Leaving Certificate, 1888
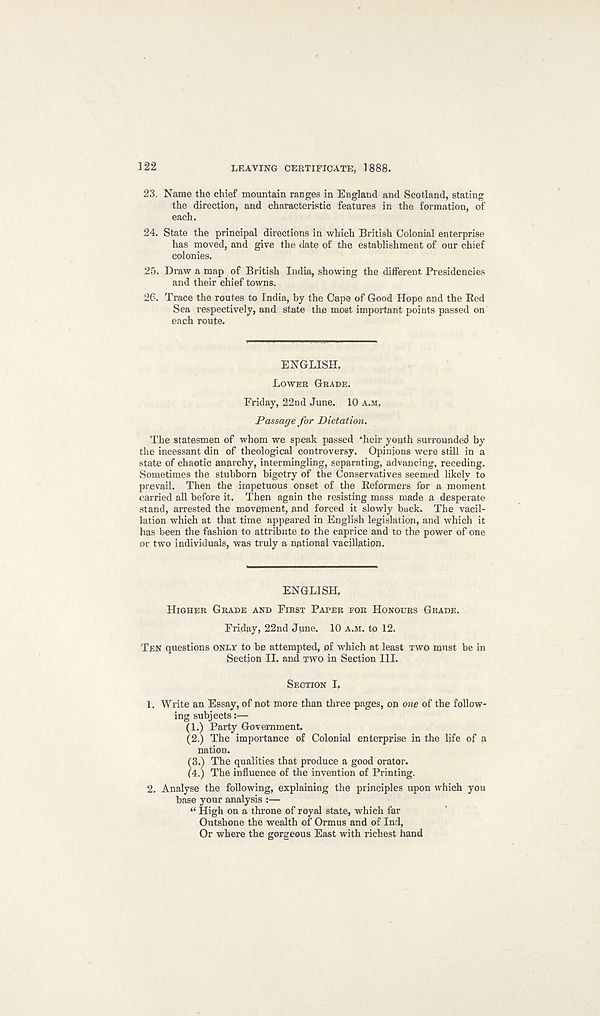
122
LEAVING CERTIFICATE, 1888.
23. Name the chief mountain ranges in England and Scotland, stating
the direction, and characteristic features in the formation, of
each.
24. State the principal directions in which British Colonial enterprise
has moved, and give the date of the establishment of our chief
colonies.
25. Draw a map of British India, showing the different Presidencies
and their chief towns.
26. Trace the routes to India, by the Cape of Good Hope and the Red
Sea respectively, and state the most important points passed on
each route.
ENGLISH.
LOWER GRADE.
Friday, 22nd June. 10 A.M.
Passage for Dictation.
The statesmen of whom we speak passed •‘Leir youth surrounded by
the incessant din of theological controversy. Opinions were still in a
state of chaotic anarchy, intermingling, separating, advancing, receding.
Sometimes the stubborn bigotry of the Conservatives seemed likely to
prevail. Then the impetuous onset of the Reformers for a moment
carried all before it. Then again the resisting mass made a desperate
stand, arrested the movement, and forced it slowly back. The vacil-
lation which at that time appeared in English legislation, and which it
has been the fashion to attribute to the caprice and to the power of one
or two individuals, was truly a national vacillation.
ENGLISH,
HIGHER GRADE AND FIRST PAPER FOR HONOURS GRADE.
Friday, 22nd June. 10 A.M. to 12.
TEN questions ONLY to be attempted, of which at least TWO must be in
Section II. and TWO in Section III.
SECTION I,
1. Write an Essay, of not more than three pages, on one of the follow-
ing subjects:—
(1.) Party Government,
(2.) The importance of Colonial enterprise in the life of a
nation.
(3.) The qualities that produce a good orator.
(4.) The influence of the invention of Printing.
2. Analyse the following, explaining the principles upon which you
base your analysis :—
“ High on a throne of royal state, which far
Outshone the wealth of Ormus and of Ind,
Or where the gorgeous East with richest hand